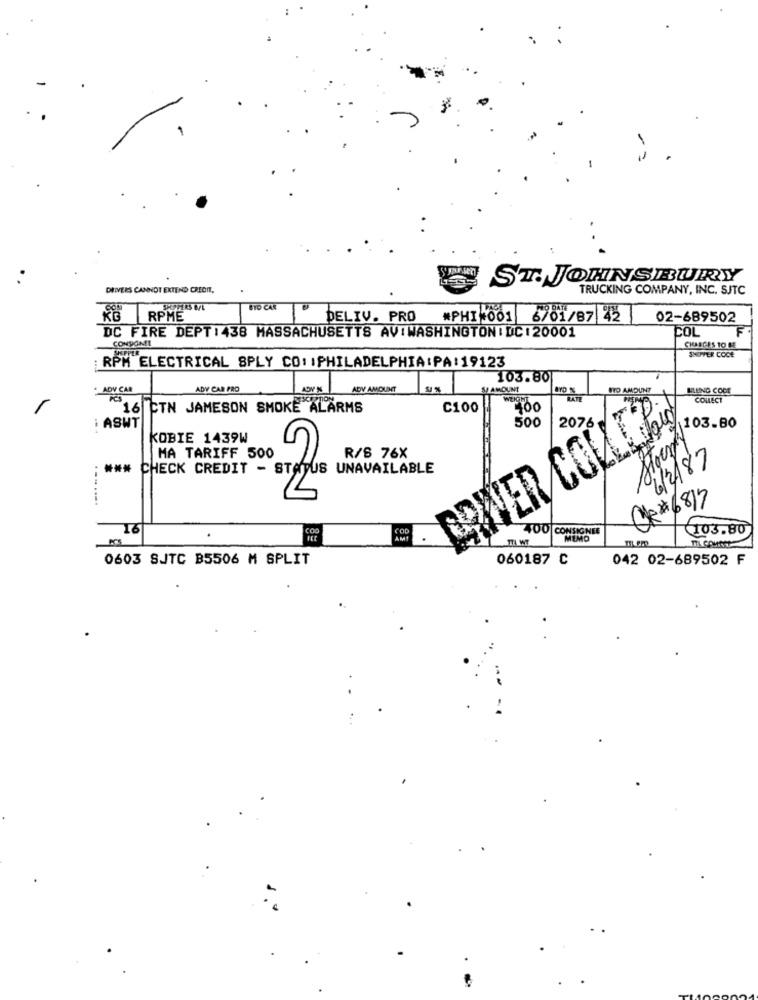
ST. JOHNSBURY
DRIVERS CANNOT EXTEND CREDIT.
TRUCKING COMPANY, INC. SJTC
UTO CAR
RPME
DELIV. PRO
#PHI 001 6/01/87 42
02-689502
DC FIRE DEPT:438 MASSACHUSETTS AVIWASHINGTON: DC120001
COL
F
CONVONT
CHARGES TO ME
RPM ELECTRICAL SPLY CO: IPHILADELPHIA:PA:19123
SHOPPER COCE
103.80
. ADY CAR
ADV CAR PRO
ADV AMOUNT
NTO AMOUNT
KLEING CODE
RATE
COLLECT
16 CTN JAMESON SMOKE ALARMS
C100
500
i ASWT
ERWER COULTRE
2076 €
103.80
KOBIE 1439W
MA TARIFF 500
R/B 76X
6/3/87
### CHECK CREDIT - STATUS UNAVAILABLE
2
.......
Q #6817
16
COD
JOO CONSIGNEE
103.80
AMT
TTA WT
MEMO
0603 SJTC B5506 M SPLIT
060187 C
042 02-689502 F